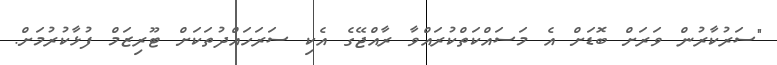
"ސަރުކާރުން ވަރަށް ބޮޑަށް އެ މަސައްކަތްކުރައްވާ ރާއްޖޭގެ އެކި ސަރަހައްދުތަކަށް ޓޫރިޒަމް ފުޅާކުރުމަށް.